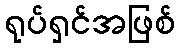
ရုပ်ရှင်အဖြစ်